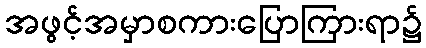
အဖွင့်အမှာစကားပြောကြားရာ၌